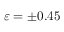
\varepsilon = \pm 0 . 4 5